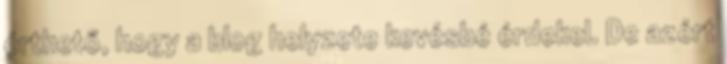
érthető, hogy a blog helyzete kevésbé érdekel. De azért